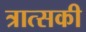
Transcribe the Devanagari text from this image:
त्रात्सकी